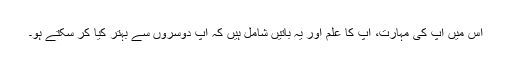
اس میں آپ کی مہارت، آپ کا علم اور یہ باتیں شامل ہیں کہ آپ دوسروں سے بہتر کیا کر سکتے ہو۔